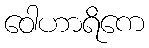
ဝေါဟာရိကေ